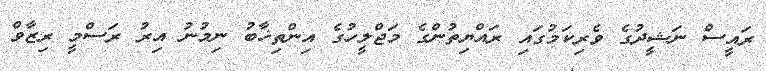
ރައީސް ނަޝީދުގެ ވެރިކަމުގައި ރައްޔިތުންގެ މަޖްލީހުގެ އިންތިޚާބު ނިމުނު އިރު ރަސްމީ ރިޒާވް